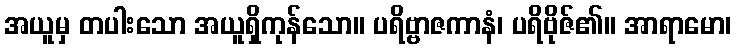
အယူမှ တပါးသော အယူရှိကုန်သော။ ပရိဗ္ဗာဇကာနံ၊ ပရိဗိုဇ်၏။ အာရာမော၊